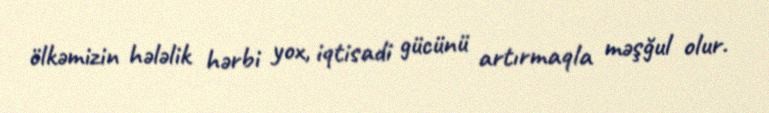
ölkəmizin hələlik hərbi yox, iqtisadi gücünü artırmaqla məşğul olur.